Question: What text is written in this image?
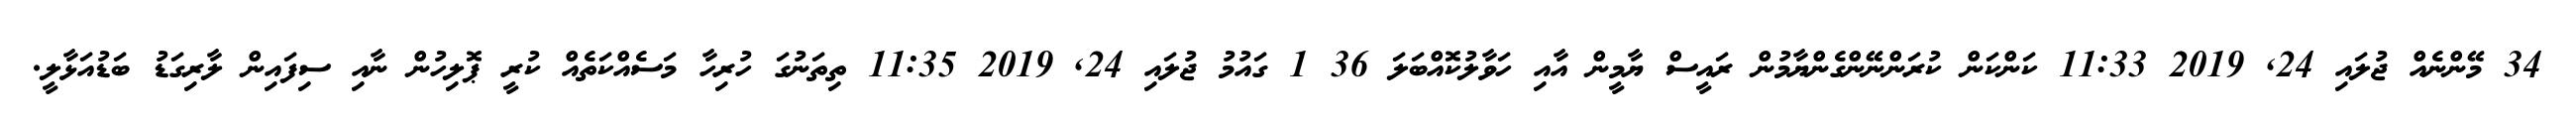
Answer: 34 މޭންނެއް ޖުލައި 24, 2019 11:33 ކަންކަން ކުރަންނޭންގެންޔާމުން ރައީސް ޔާމީން އާއި ހަވާލުކޮއްބަލަ 36 1 ގައުމު ޖުލައި 24, 2019 11:35 ތިތަނުގަ ހުރިހާ މަސެއްކަތެއް ކުރީ ޕޮލިހުން ނާއި ސިފައިން ލާރިގަޑު ބަޑުއަޅާލީ.